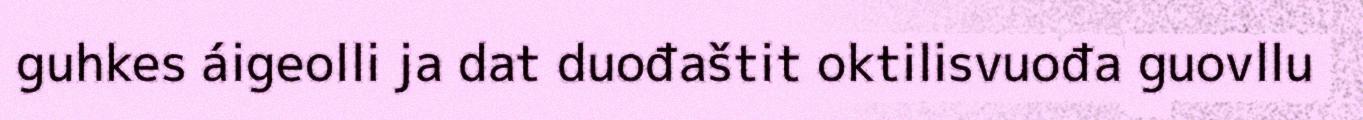
guhkes áigeolli ja dat duođaštit oktilisvuođa guovllu